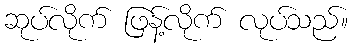
ဆုပ်လိုက် ဖြန့်လိုက် လုပ်သည်။